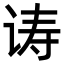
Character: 诪